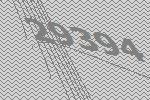
29394